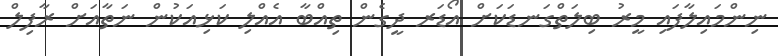
ނިންމައިލާފައި މީރު ބިލަތްގަނޑަކަށް އޯޑަރ ދީގެން ތިއްބާ އެއްލި ކަޅިއަކުން ނަތާއަށް ރާފިލް